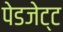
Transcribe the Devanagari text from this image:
पेडजेट्ट